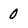
Character: 0